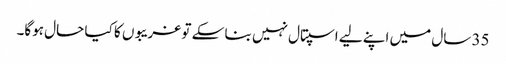
35 سال میں اپنے لیے اسپتال نہیں بنا سکے تو غریبوں کا کیا حال ہوگا۔